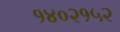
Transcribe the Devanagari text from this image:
१४०२१५२